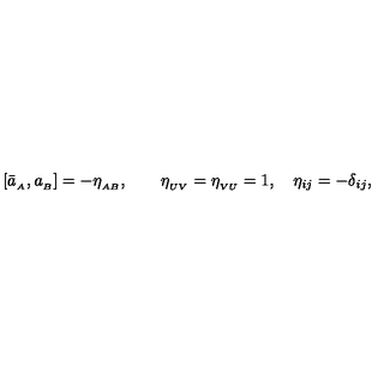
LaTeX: [ \bar { a } _ { _ A } , a _ { _ B } ] = - \eta _ { _ { A B } } , \qquad \eta _ { _ { U V } } = \eta _ { _ { V U } } = 1 , \quad \eta _ { i j } = - \delta _ { i j } ,